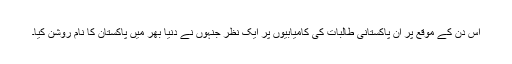
اس دن کے موقع پر ان پاکستانی طالبات کی کامیابیوں پر ایک نظر جنہوں نے دنیا بھر میں پاکستان کا نام روشن کیا۔